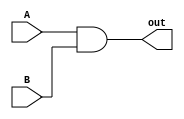
`timescale 1ns / 1ps
/*******************************************************************  
*  
* Module: AND.v  
* Project: SSRisc  
* Description: ands 2 single bit inputs
*  
* Change history: 19/06/19 - created in lab
*                 
*  **********************************************************************/ 


module AND(input A, input B, output out);

   assign  out = A & B;
   
endmodule